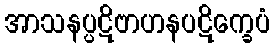
အာသနပ္ပဋိဗာဟနပဋိက္ခေပံ